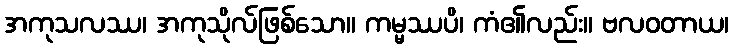
အကုသလဿ၊ အကုသိုလ်ဖြစ်သော။ ကမ္မဿပိ၊ ကံ၏လည်း။ ဗလဝတာယ၊